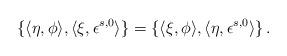
LaTeX: \begin{align*}\{ \langle\eta ,\phi \rangle,\langle\xi ,\epsilon^{s,0} \rangle\}=\{ \langle\xi ,\phi \rangle,\langle\eta ,\epsilon^{s,0} \rangle\}\,.\end{align*}